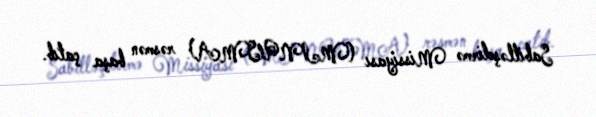
Sabitləşdirmə Missiyası (MINUSMA) rəsmən başa çatıb.